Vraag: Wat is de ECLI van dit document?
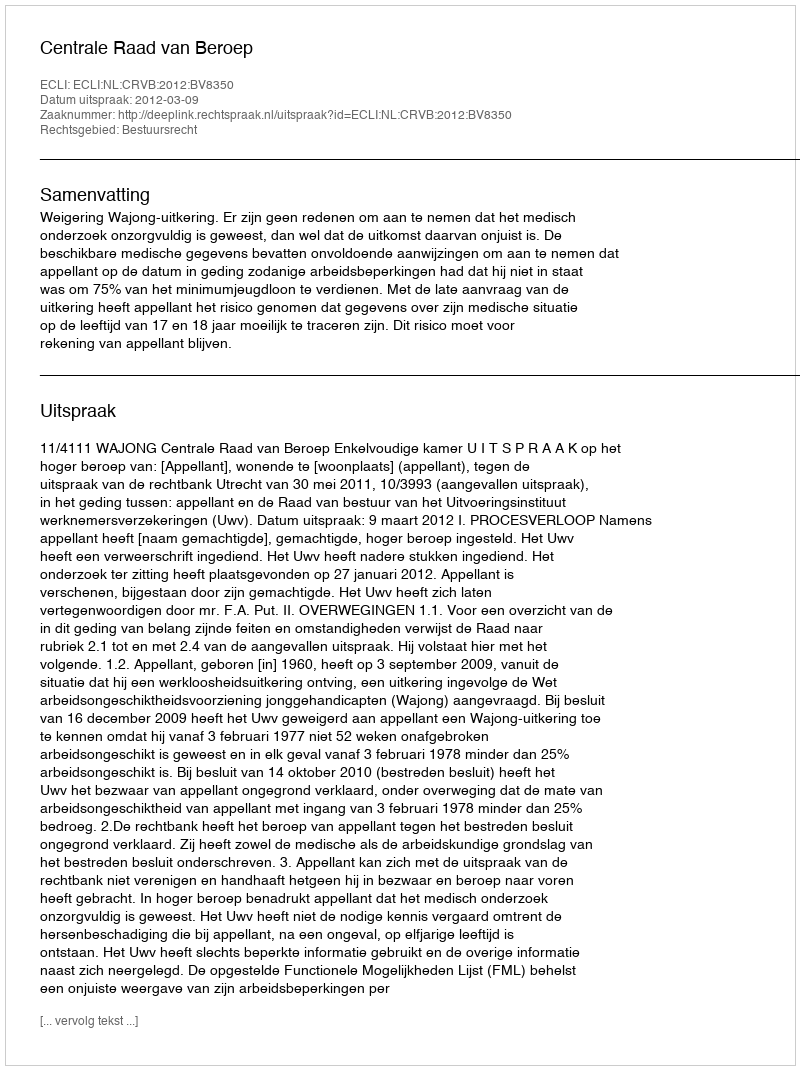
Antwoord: ECLI:NL:CRVB:2012:BV8350